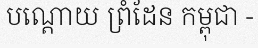
បណ្តោយ ព្រំដែន កម្ពុជា -